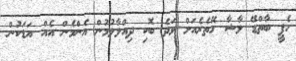
ހެޕީ ބާތްޑޭ ލާޝާ ގޭތެރެއަށް ވަދެ ބޮކި ދިއްލާލުމުން އެންމެން އެއް އަޑަކުން